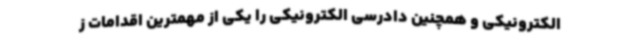
الکترونیکی و همچنین دادرسی الکترونیکی را یکی از مهمترین اقدامات ز